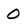
Character: O